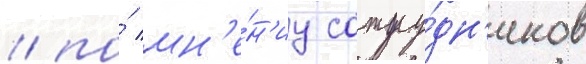
/ по́ мн'е́н'иу сотру́дн'иков